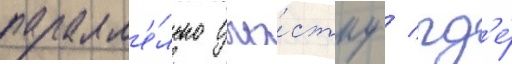
паралл'е́льно уча́стку / гд'е́